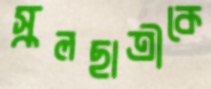
স্কুলছাত্রীকে